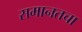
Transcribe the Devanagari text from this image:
समानतचा